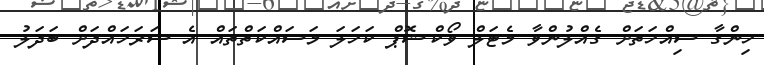
ހިންގާ ސިއްހަތަށް ގެއްލުންވާ މެޓަލް ވޯކްޝޮޕް ކަހަލަ މަސައްކަތްތައް އެ ސަރަހައްދަށް ބަދަލު